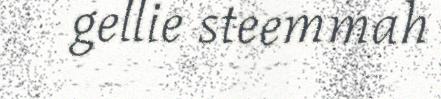
gellie steemmah